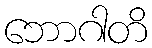
ဘောဂါတိ